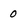
Character: 0